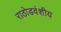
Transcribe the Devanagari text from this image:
राठोडवंशीय